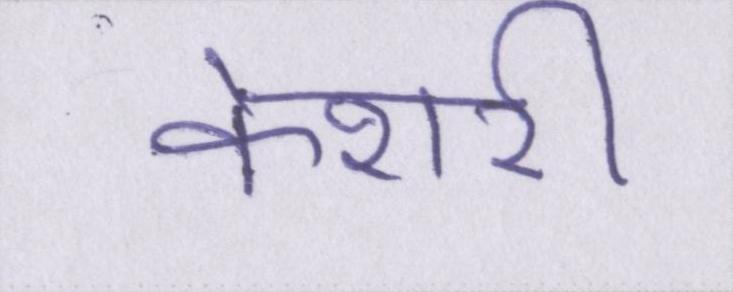
केशरी